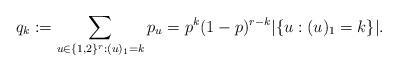
LaTeX: \begin{align*}q_k:= \sum_{u \in \{1,2\}^r : (u)_1=k} p_u = p^k(1-p)^{r-k}|\{u : (u)_1=k\}|.\end{align*}